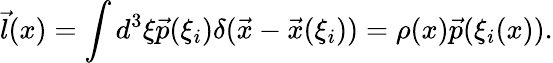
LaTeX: \vec{l}(x)=\int d^{3}\xi\vec{p}(\xi_{i})\delta(\vec{x}-\vec{x}(\xi_{i}))=\rho(x)\vec{p}(\xi_{i}(x)).